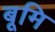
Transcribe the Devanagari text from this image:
बूमि